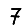
Digit: 7